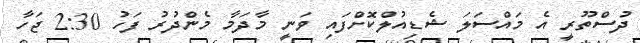
ދުސްތޫރީ އެ މައްސަލަ ޝެޑިއުލްކޮށްފައި ވަނީ މާދަމާ މެންދުރު ފަހު 2:30 ޖަހާ